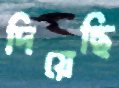
দিয়েছি